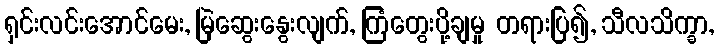
ရှင်းလင်းအောင်မေး, မြဲဆွေးနွေးလျက်, ကြံတွေးပို့ချမှု တရားပြ၍, သီလသိက္ခာ,